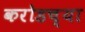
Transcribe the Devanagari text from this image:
करोडच्या